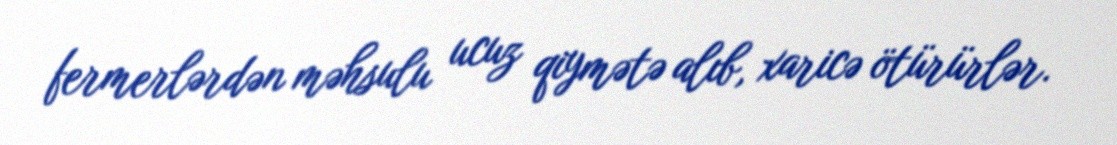
fermerlərdən məhsulu ucuz qiymətə alıb, xaricə ötürürlər.